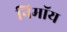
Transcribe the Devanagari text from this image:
निमाॅय